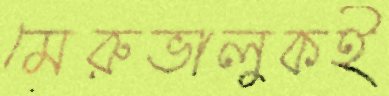
মেরুভালুকই